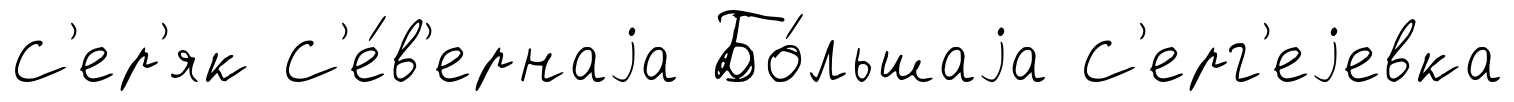
С'ер'як С'е́в'ернаjа Бо́льшаjа С'ерг'еjевка